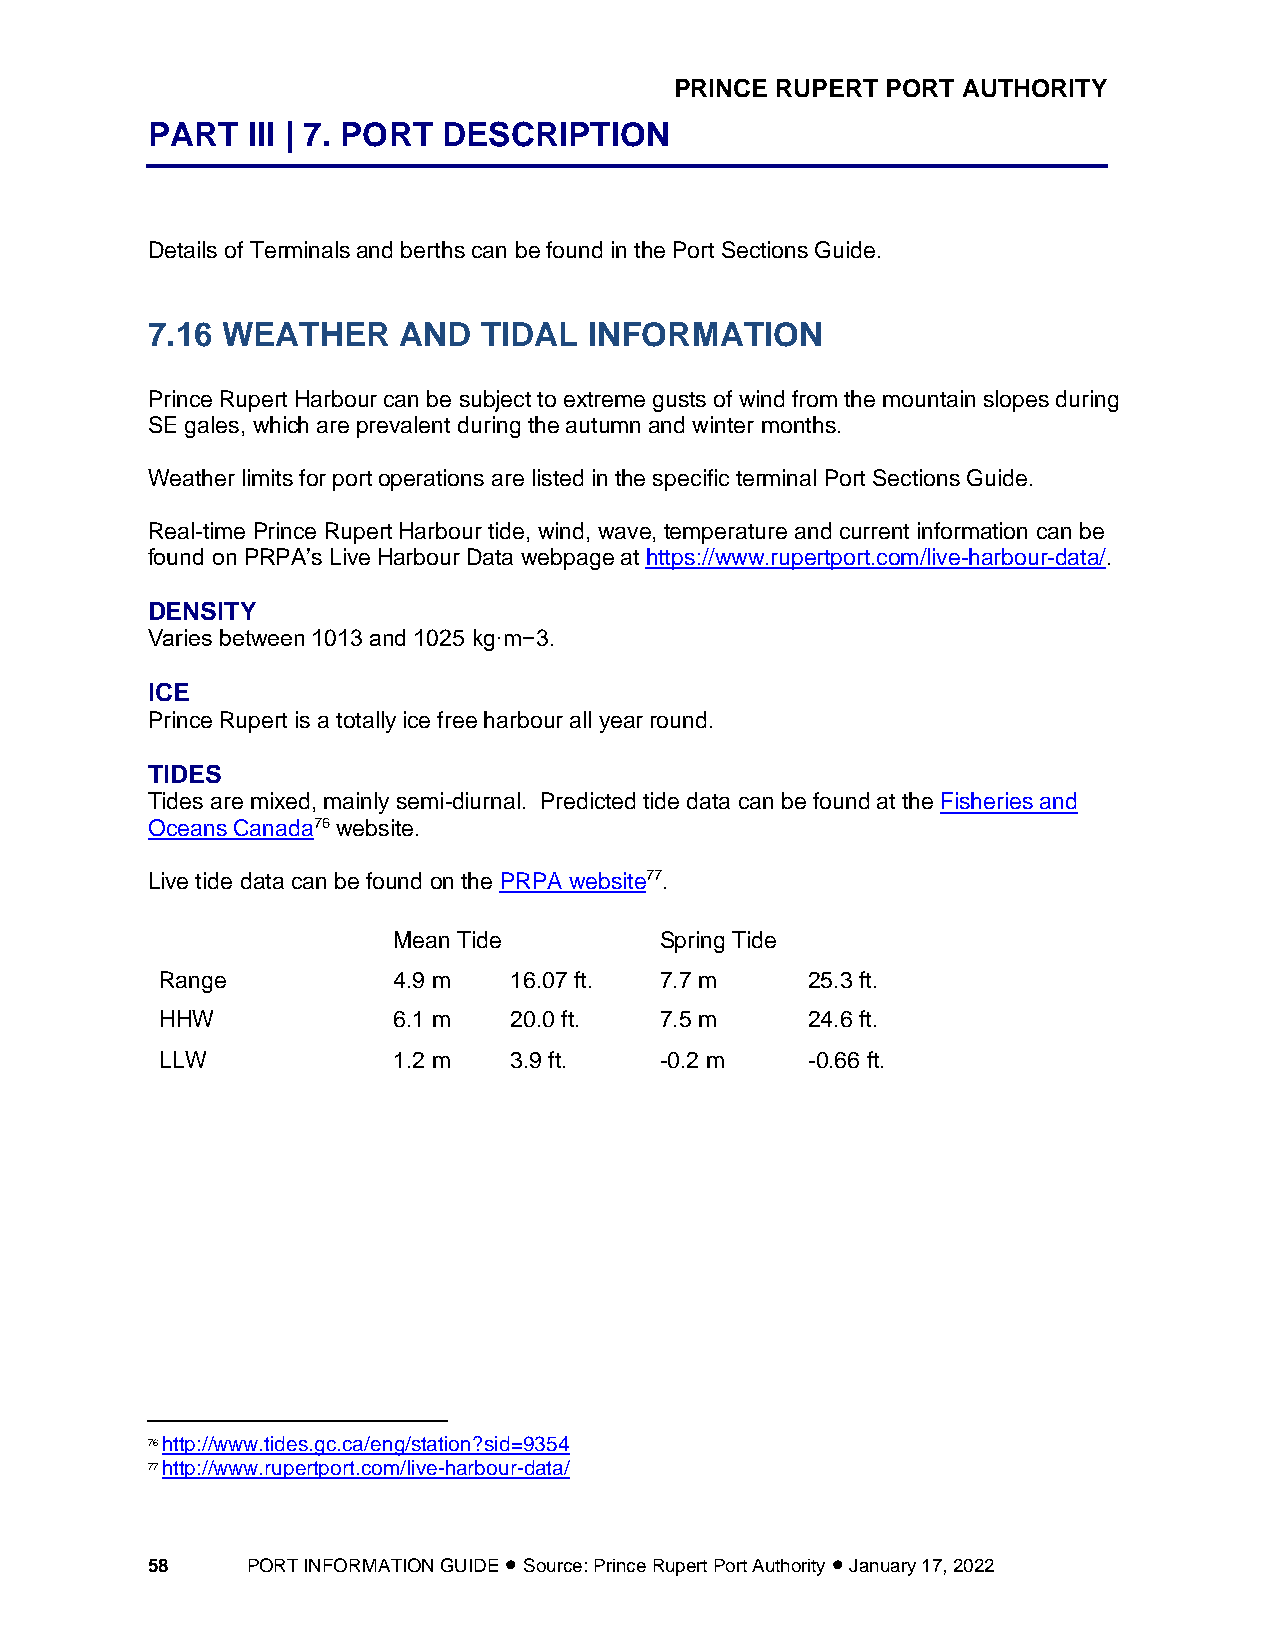
PRINCE RUPERT PORT AUTHORITY
 PART  III | 7. PORT DESCRIPTION
 Details of Terminals and berths can be found in the Port Sections Guide.
 7.16 WEATHER    AND   TIDAL  INFORMATION
 Prince Rupert Harbour can be subject to extreme gusts of wind from the mountain slopes during
 SE gales, which are prevalent during the autumn and winter months.
 Weather limits for port operations are listed in the specific terminal Port Sections Guide.
 Real-time Prince Rupert Harbour tide, wind, wave, temperature and current information can be
 found on PRPA’s Live Harbour Data webpage at https://www.rupertport.com/live-harbour-data/.
 DENSITY
 Varies between 1013 and 1025 kg·m−3.
 ICE
 Prince Rupert is a totally ice free harbour all year round.
 TIDES
 Tides are mixed, mainly semi-diurnal. Predicted tide data can be found at the Fisheries and
 Oceans Canada76 website.
 Live tide data can be found on the PRPA website77.
 Mean Tide         Spring Tide
 Range          4.9 m   16.07 ft. 7.7 m    25.3 ft.
 HHW            6.1 m   20.0 ft.  7.5 m    24.6 ft.
 LLW            1.2 m   3.9 ft.   -0.2 m   -0.66 ft.
 76 http://www.tides.gc.ca/eng/station?sid=9354
 77 http://www.rupertport.com/live-harbour-data/
 58    PORT INFORMATION GUIDE • Source: Prince Rupert Port Authority • January 17, 2022